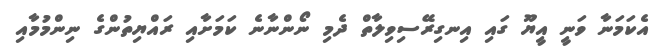
އެކަމަނާ ވަނީ އީޔޫ ގައި އިނގިރޭސިވިލާތް ދެމި ނޯންނާނެ ކަމަށާއި ރައްޔިތުންގެ ނިންމުމާއި